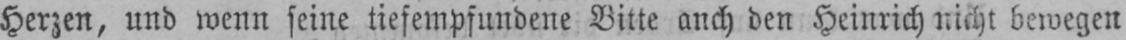
Herzen, und wenn seine tiefempfundene Bitte auch den Heinrich nicht bewegen